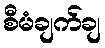
စီမံချက်ချ